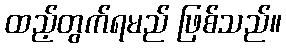
ထည့်တွက်ရမည် ဖြစ်သည်။